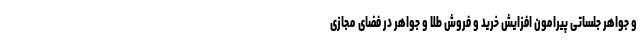
و جواهر جلساتی پیرامون افزایش خرید و فروش طلا و جواهر در فضای مجازی